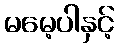
မမေ့ပါနှင့်